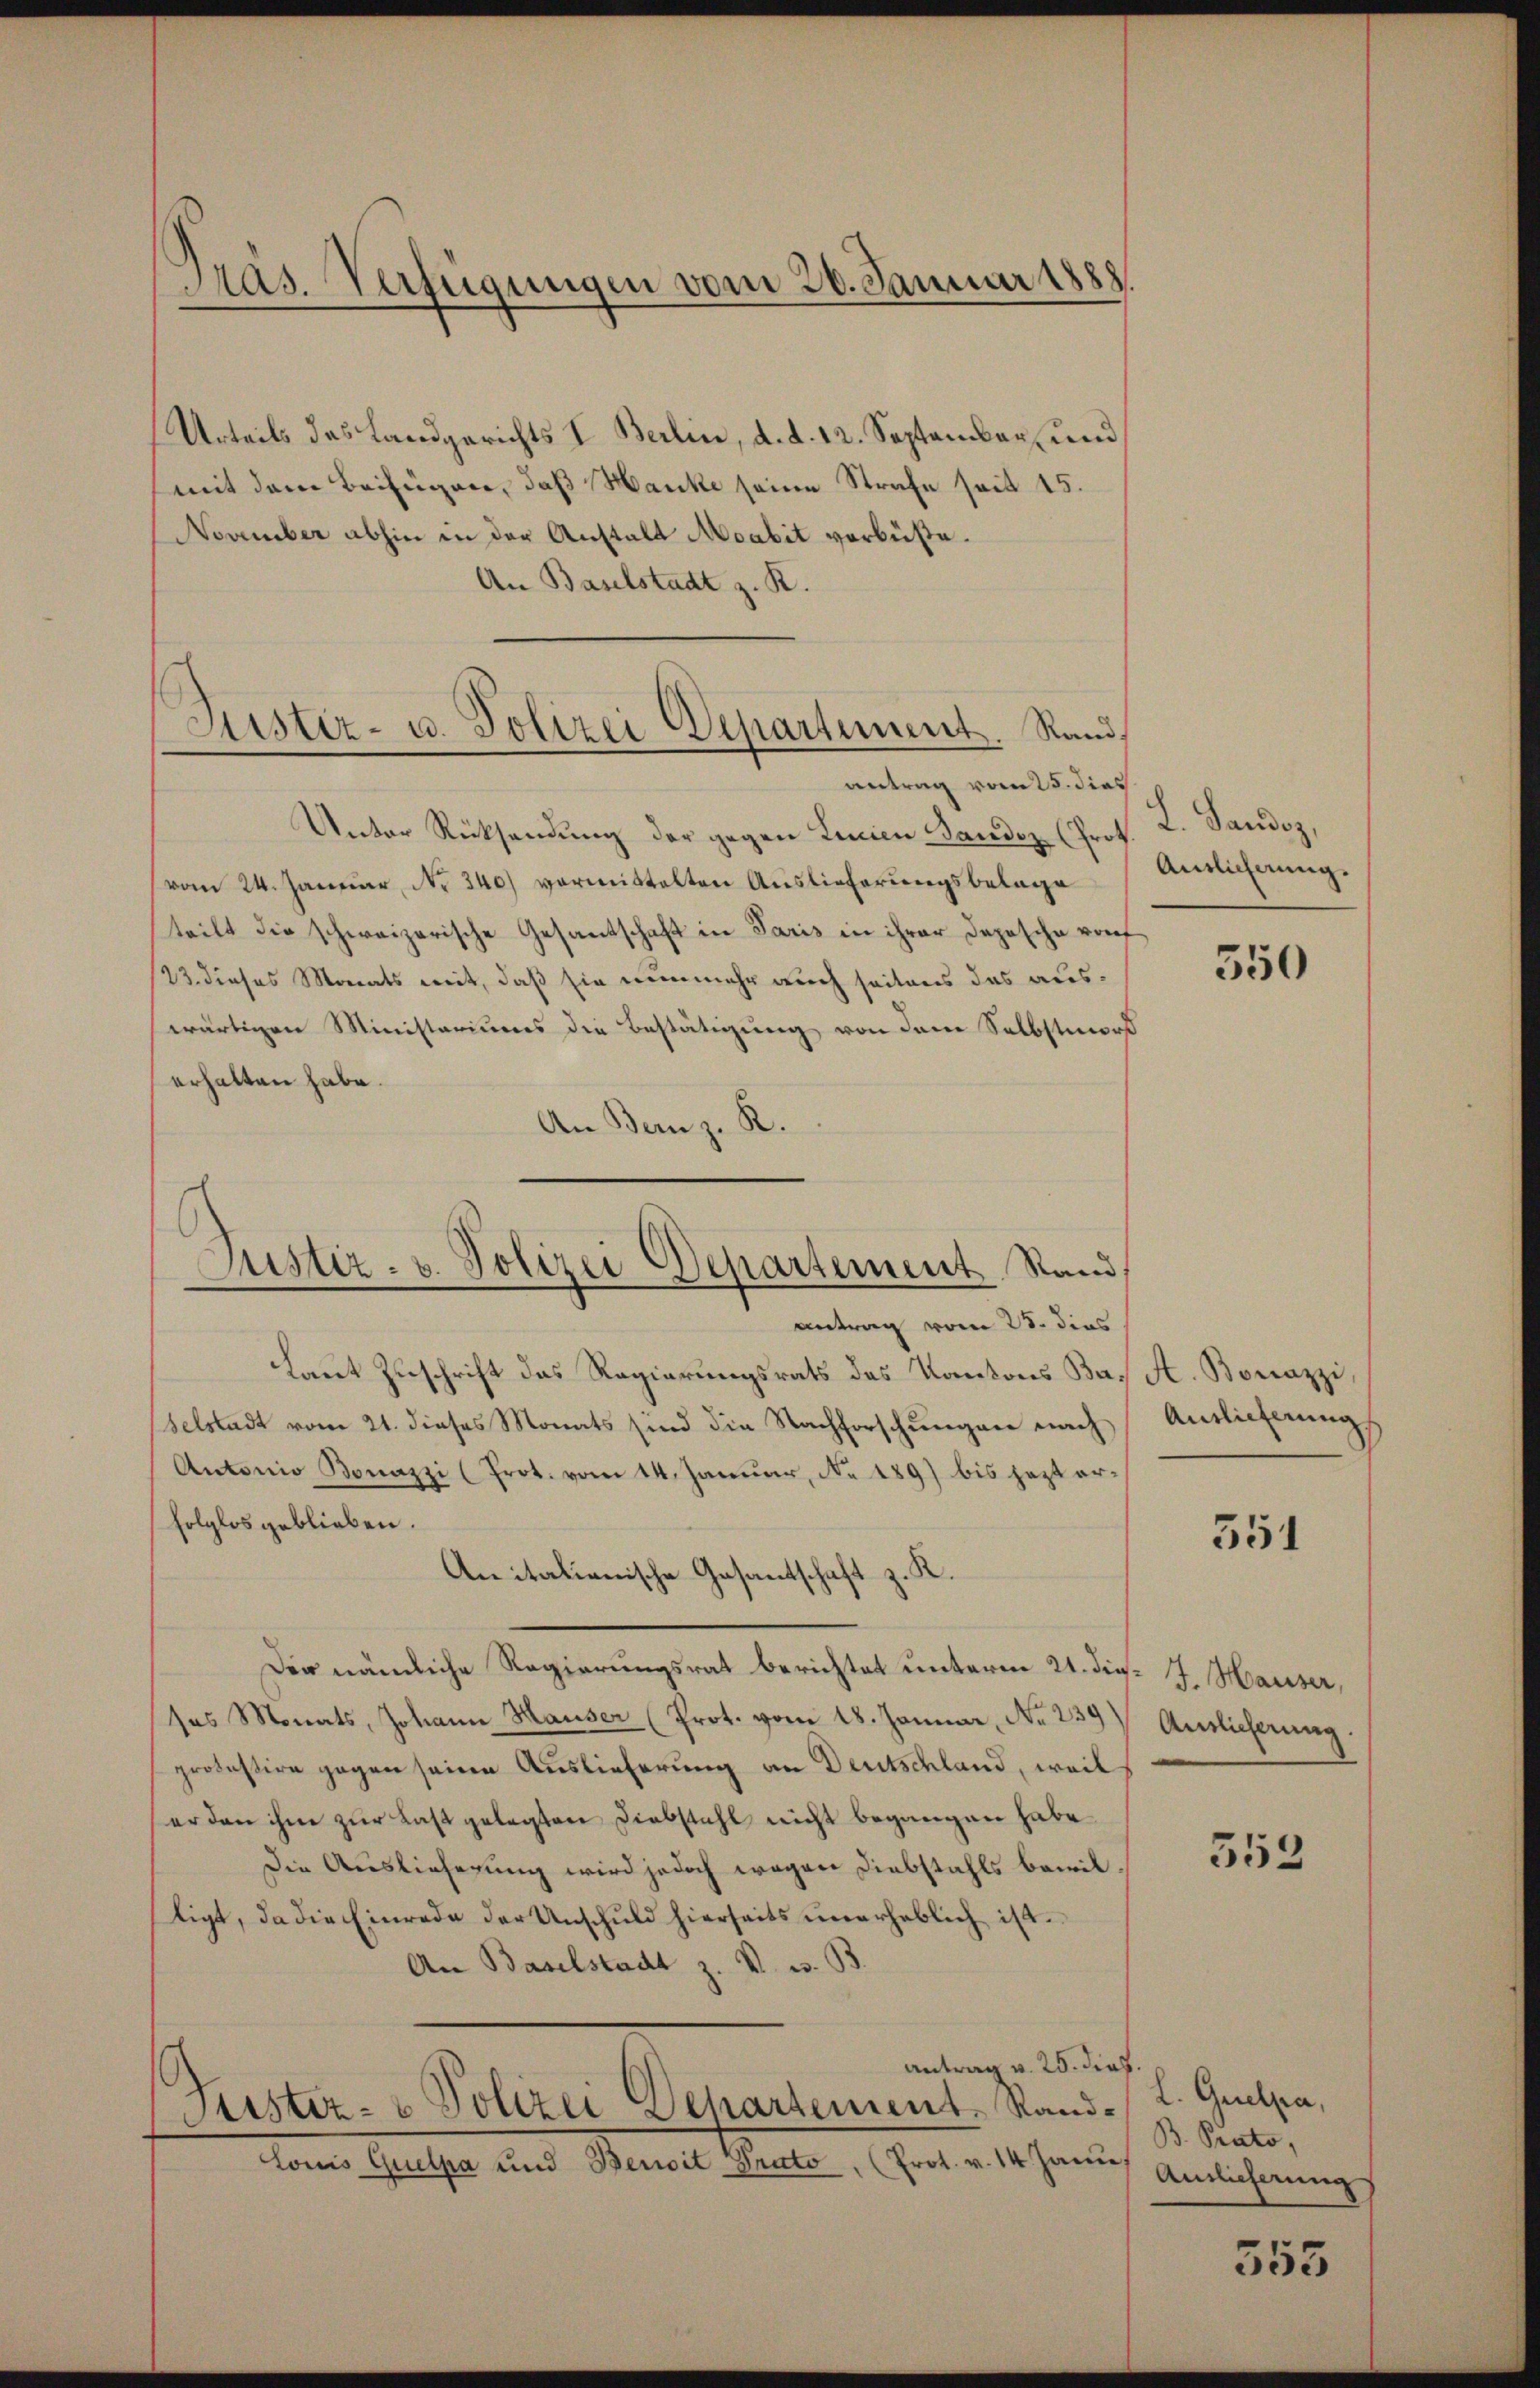
Präs. Verfügungen vom 26. Januar 1888

Urteils das Landgerichts I. Berlin, d. d. 12. September, und
mit dem Beifügen, daß Hanke seine Strafe seit 15.
November abhin in der Anstalt Moabit verbüßte.
An Baselstadt z. K.
Unter Rücksendung der gegen Linien Sandoz (Prot
(vom 24. Januar, No 340) vormittelten Auslieferungsbelage
teilt die schweizerische Gesantschaft in Paris in ihrer Depesche von
23. dieses Monats mit, daß sie nunmehr auch seitens das auswärtigen Ministeriums die Bestätigung von dem Selbstmord
erhalten habe.
An Bern z. R.
antrag vom 25. dies
Laut Zuschrift das Regierungsrats des Kantons Baelstadt vom 21. dieses Monats sind die Nachforschungen nach
Antonio Bonazzi (Prot. vom 14. Januar, No. 1897 bis jezt er¬
(folglos geblieben.
Anitalienische Gesantschaft z. K.
Der nämliche Regierungsrat berichtet unterm 21. dir. J. Hauser,
ses Monats, Johann Hauser (Prot. vom 18. Januar, No 239) Auslicherung.
protestire gegen seine Auslieferung an Deutschland, weil
erden ihm zur Last gelegten Diebstahl nicht begangen habe.
Die Auslieferung wird jedoch wegen Diebstahls bewilligt, da die Einrede der Anschuld hierseits unerheblich ist.
An Baselstadt z. V. W. B.
antrag v. 25. dies
Geister- & Polizei Departement Rand¬
Louis Quelpa und Benoit Prato, (Prot. v. 14 Janu

Justiz- u. Polizei Departement. Randantrag vom 25. dies

Justiz- u. Polizei Departement Stand

L. Sandes,
Auslicherung.

350

A. Bonazzi,
Antlicherung

551

553

L. Grelpa,
B. Prato,
Auslieferung

555